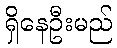
ရှိနေဦးမည်